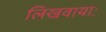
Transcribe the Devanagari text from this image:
लिखवायाः